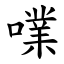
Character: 㗼